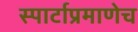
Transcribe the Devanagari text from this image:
स्पार्टाप्रमाणेच